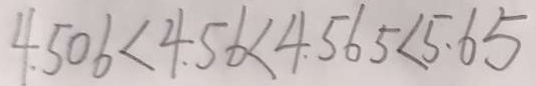
4 . 5 0 6 < 4 . 5 6 < 4 . 5 6 5 < 5 . 6 5